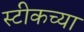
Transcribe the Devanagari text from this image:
स्टीकच्या